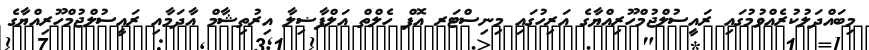
މިބައްދަލުކުރެއްވުމުގައި ރައީސުލްޖުމްހޫރިއްޔާގެ އަރިހުގައި މިނިސްޓަރ އޮފް ހެލްތް އަލްފާޟިލާ އިރުތިޝާމް އާދަމާއި ރައީސުލްޖުމްހޫރިއްޔާގެ